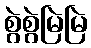
စွဲစွဲမြဲမြဲ